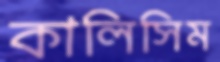
কালিসিম